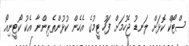
ސްޓޯކް ކޮޅަށް ލަނޑު ޖެހުމަށް ފަހު ޓީމުގެ އެހެން ކުޅުންތެރިންނާ އެކު ކޯޓީނިއޯ